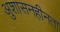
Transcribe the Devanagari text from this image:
अुशासनहीनता